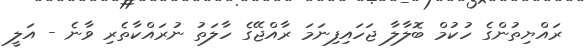
ރައްޔިތުންގެ ހުކުމް ބޮލާލާ ޖަހައިފިނަމަ ރާއްޖޭގެ ހާލަތު ނުރައްކާތެރި ވާނެ - އަލީ